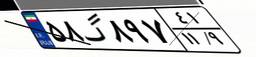
۵۸گ۸۹۷۴۱